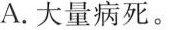
A.大量病死。